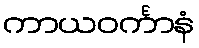
ကာယဝင်္ကာနံ